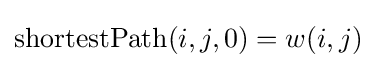
\mathrm {shortestPath} (i,j,0)=w(i,j)